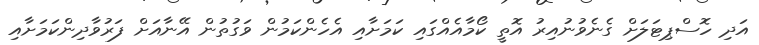
އަދި ހޮސްޕިޓަލަށް ގެނެވުނުއިރު އޮތީ ކޯމާއެއްގައި ކަމަށާއި އެހެންކަމުން ވަގުތުން އޭނާއަށް ފަރުވާދިންކަމަށާއި